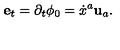
{ \bf e } _ { t } = \partial _ { t } \phi _ { 0 } = \dot { x } ^ { a } { \bf u } _ { a } .